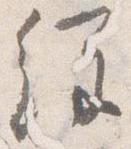
経